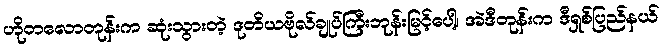
ဟိုတလောတုန်းက ဆုံးသွားတဲ့ ဒုတိယဗိုလ်ချုပ်ကြီးဘုန်းမြင့်ပေါ့၊ အဲဒီတုန်းက ဒီရှစ်ပြည်နယ်